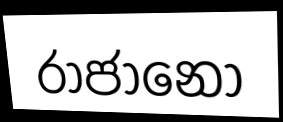
රාජානෝ